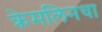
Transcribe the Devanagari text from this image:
क्रेमलिनचा